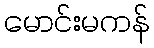
မောင်းမကန်